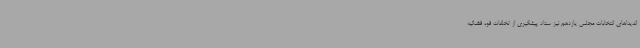
اندیداهای انتخابات مجلس یازدهم نیز ستاد پیشگیری از تخلفات قوه قضائیه